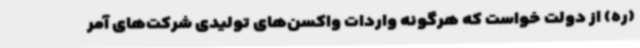
(ره) از دولت خواست که هرگونه واردات واکسن‌های تولیدی شرکت‌های آمر